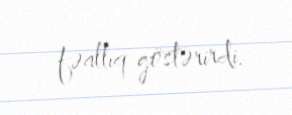
fəallıq göstərirdi.